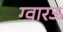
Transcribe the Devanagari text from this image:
ग्वारऊ